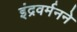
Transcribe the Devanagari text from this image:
इंद्रवर्मनने